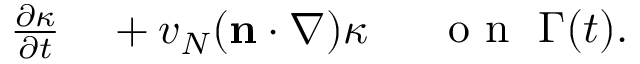
\begin{array} { r l } { \frac { \partial \kappa } { \partial t } } & { { } + v _ { N } ( \mathbf n \cdot \nabla ) \kappa } \end{array} \quad \mathrm { ~ o ~ n ~ } ~ \Gamma ( t ) .